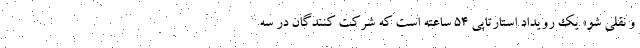
و نقلی شو» یک رویداد استارتاپی ۵۴ ساعته است که شرکت کنندگان در سه